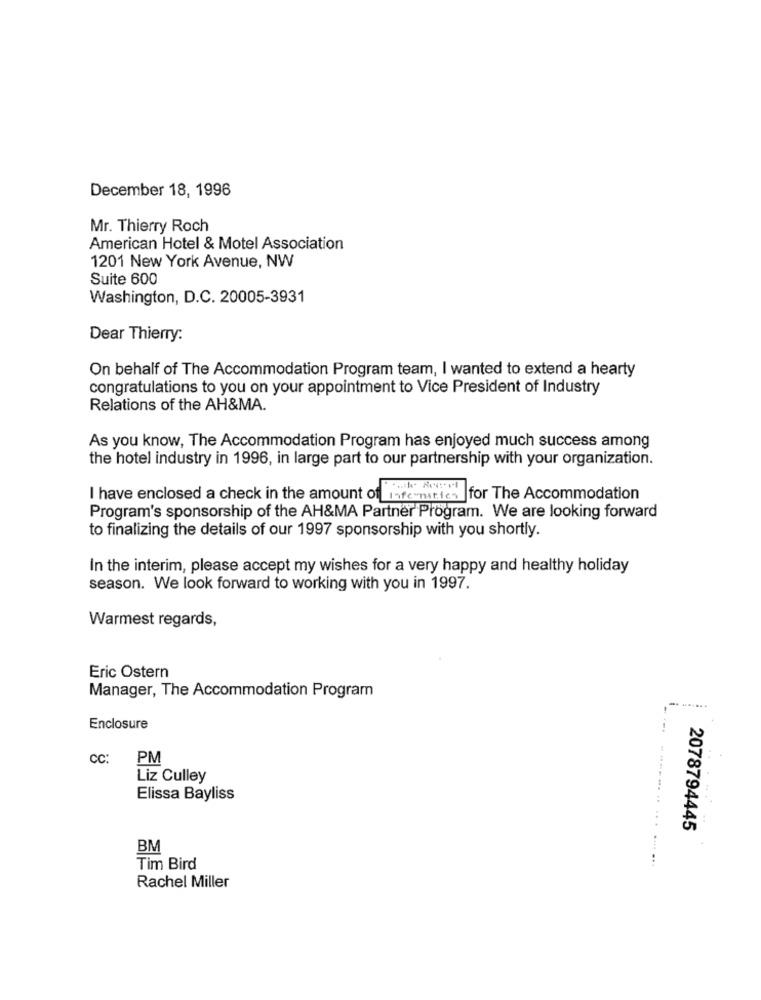
December 18, 1996
Mr. Thierry Roch
American Hotel & Motel Association
1201 New York Avenue, NW
Suite 600
Washington, D.C. 20005-3931
Dear Thierry:
On behalf of The Accommodation Program team, I wanted to extend a hearty
congratulations to you on your appointment to Vice President of Industry
Relations of the AH&MA.
As you know, The Accommodation Program has enjoyed much success among
the hotel industry in 1996, in large part to our partnership with your organization.
I have enclosed a check in the amount of information for The Accommodation
Program's sponsorship of the AH&MA Partner Program. We are looking forward
to finalizing the details of our 1997 sponsorship with you shortly.
In the interim, please accept my wishes for a very happy and healthy holiday
season. We look forward to working with you in 1997.
Warmest regards,
Eric Ostern
Manager, The Accommodation Program
Enclosure
cc: PM
Liz Culley
Elissa Bayliss
2078794445
BM
..... ...
Tim Bird
Rachel Miller